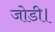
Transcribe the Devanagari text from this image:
जोडी।